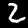
Digit: 2